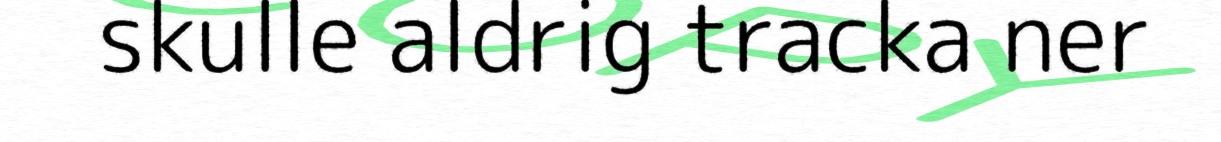
skulle aldrig tracka ner